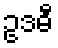
ဥဒဓီ